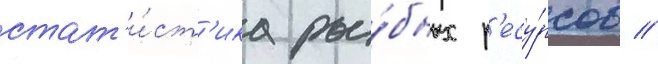
стат'и́ст'ика ры́бных р'есу́рсов //